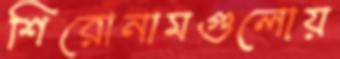
শিরোনামগুলোয়